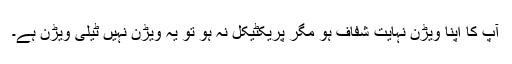
آپ کا اپنا ویڑن نہایت شفاف ہو مگر پریکٹیکل نہ ہو تو یہ ویڑن نہیں ٹیلی ویڑن ہے۔